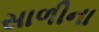
સાળીના